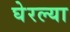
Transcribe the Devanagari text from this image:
घेरल्या